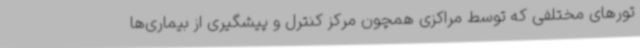
تورهای مختلفی که توسط مراکزی همچون مرکز کنترل و پیشگیری از بیماری‌ها